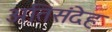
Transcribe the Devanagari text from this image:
अतिसंदेह